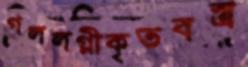
গললগ্নীকৃতবস্ত্র